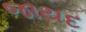
જાયદ